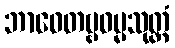
ဘာဝေတဗ္ဗဓမ္မသုတ္တံ